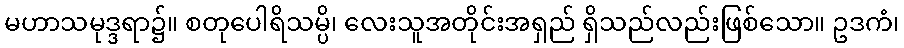
မဟာသမုဒ္ဒရာ၌။ စတုပေါရိသမ္ပိ၊ လေးသူအတိုင်းအရှည် ရှိသည်လည်းဖြစ်သော။ ဥဒကံ၊